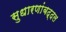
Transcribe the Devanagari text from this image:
सुधारणांबद्दल